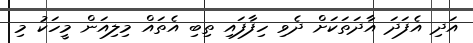
އަދި އެފަދަ އާދަތަކަށް ދެވި ހިފާފައި ތިބި އެތައް މިލިއަން މީހަކު މި